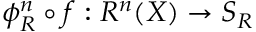
\phi _ { R } ^ { n } \circ f : R ^ { n } ( X ) \rightarrow S _ { R }